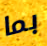
بما